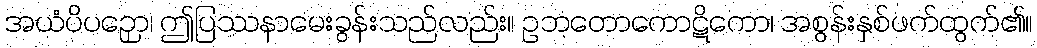
အယံပိပဉှော၊ ဤပြဿနာမေးခွန်းသည်လည်း။ ဥဘတောကောဋိကော၊ အစွန်းနှစ်ဖက်ထွက်၏။